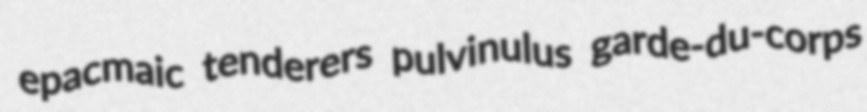
epacmaic tenderers pulvinulus garde-du-corps